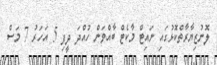
ލޮނުޒިޔާރާތްކޮޅުގައި ނައިޓް މާކެޓް ބާއްވަން ހުއްދަ ދީފި 5 އަހަރު 7 މަސް